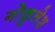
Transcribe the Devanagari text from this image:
गोकुलेश